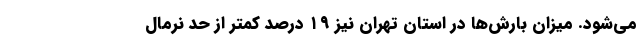
می‌شود. میزان بارش‌ها در استان تهران نیز ۱۹ درصد کمتر از حد نرمال